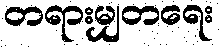
တရားမျှတရေး